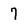
Character: 7